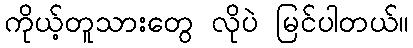
ကိုယ့်တူသားတွေ လိုပဲ မြင်ပါတယ်။